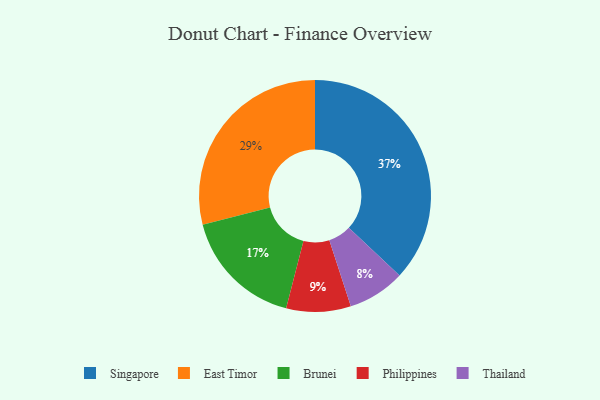
{"axis": {"x": "Category", "y": "Percentage"}, "legend": ["Brunei", "East Timor", "Philippines", "Singapore", "Thailand"], "data": [{"x": "Thailand", "y": 8, "type": "Thailand"}, {"x": "Brunei", "y": 17, "type": "Brunei"}, {"x": "Philippines", "y": 9, "type": "Philippines"}, {"x": "Singapore", "y": 37, "type": "Singapore"}, {"x": "East Timor", "y": 29, "type": "East Timor"}]}